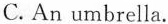
C.An umbrella.